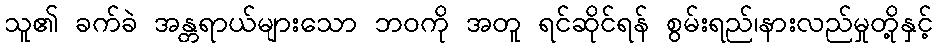
သူ၏ ခက်ခဲ အန္တရာယ်များသော ဘဝကို အတူ ရင်ဆိုင်ရန် စွမ်းရည်၊နားလည်မှုတို့နှင့်